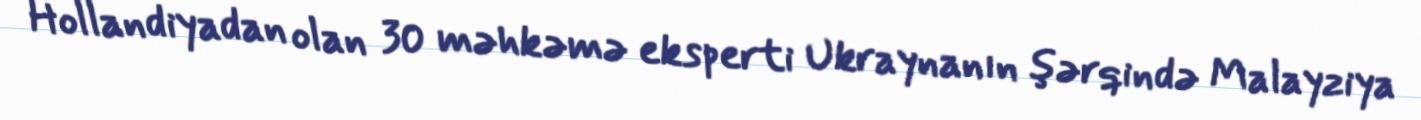
Hollandiyadan olan 30 məhkəmə eksperti Ukraynanın şərqində Malayziya